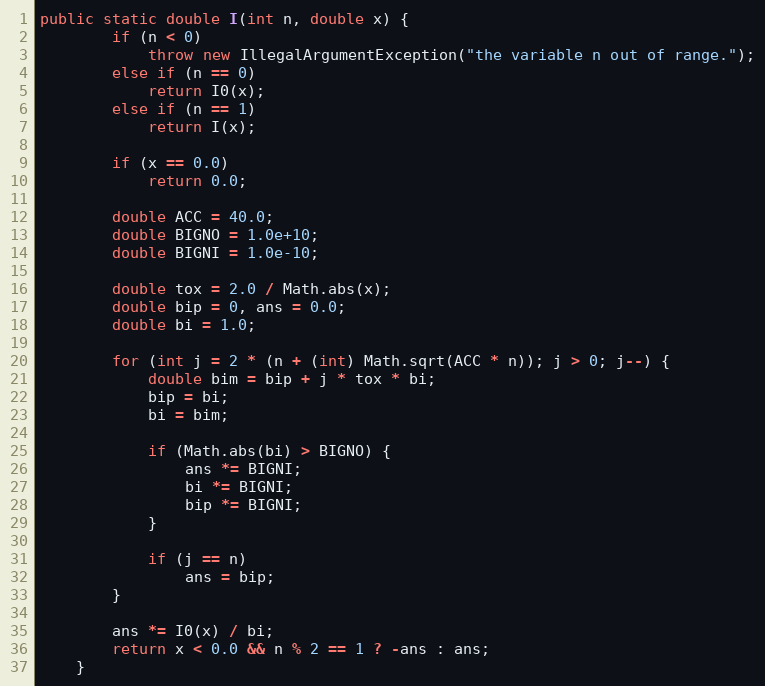
Language: Java
public static double I(int n, double x) {
        if (n < 0)
            throw new IllegalArgumentException("the variable n out of range.");
        else if (n == 0)
            return I0(x);
        else if (n == 1)
            return I(x);

        if (x == 0.0)
            return 0.0;

        double ACC = 40.0;
        double BIGNO = 1.0e+10;
        double BIGNI = 1.0e-10;

        double tox = 2.0 / Math.abs(x);
        double bip = 0, ans = 0.0;
        double bi = 1.0;

        for (int j = 2 * (n + (int) Math.sqrt(ACC * n)); j > 0; j--) {
            double bim = bip + j * tox * bi;
            bip = bi;
            bi = bim;

            if (Math.abs(bi) > BIGNO) {
                ans *= BIGNI;
                bi *= BIGNI;
                bip *= BIGNI;
            }

            if (j == n)
                ans = bip;
        }

        ans *= I0(x) / bi;
        return x < 0.0 && n % 2 == 1 ? -ans : ans;
    }